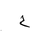
Letter: _ha